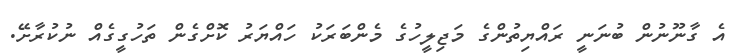
އެ ގާނޫނުން ބުނަނީ ރައްޔިތުންގެ މަޖިލީހުގެ މެންބަރަކު ހައްޔަރު ކޮށްގެން ތަހުގީގެއް ނުކުރާށޭ.